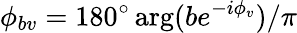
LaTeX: \phi_{bv}=180^{\circ}\, \mathrm{arg}(be^{-i\phi_{v}})/\pi